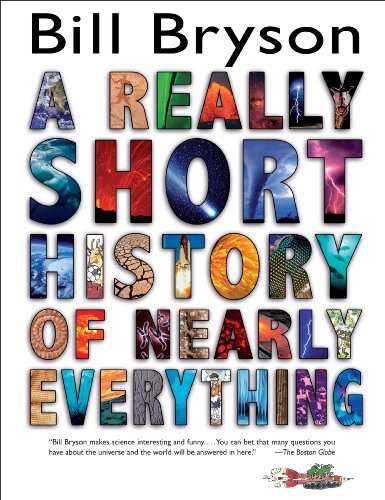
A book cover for A Really Short History of Nearly Everything; Bill Bryson; Children's Books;